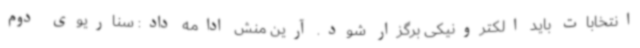
انتخابات باید الکترونیکی برگزار شود. آرین منش ادامه داد: سناریوی دوم